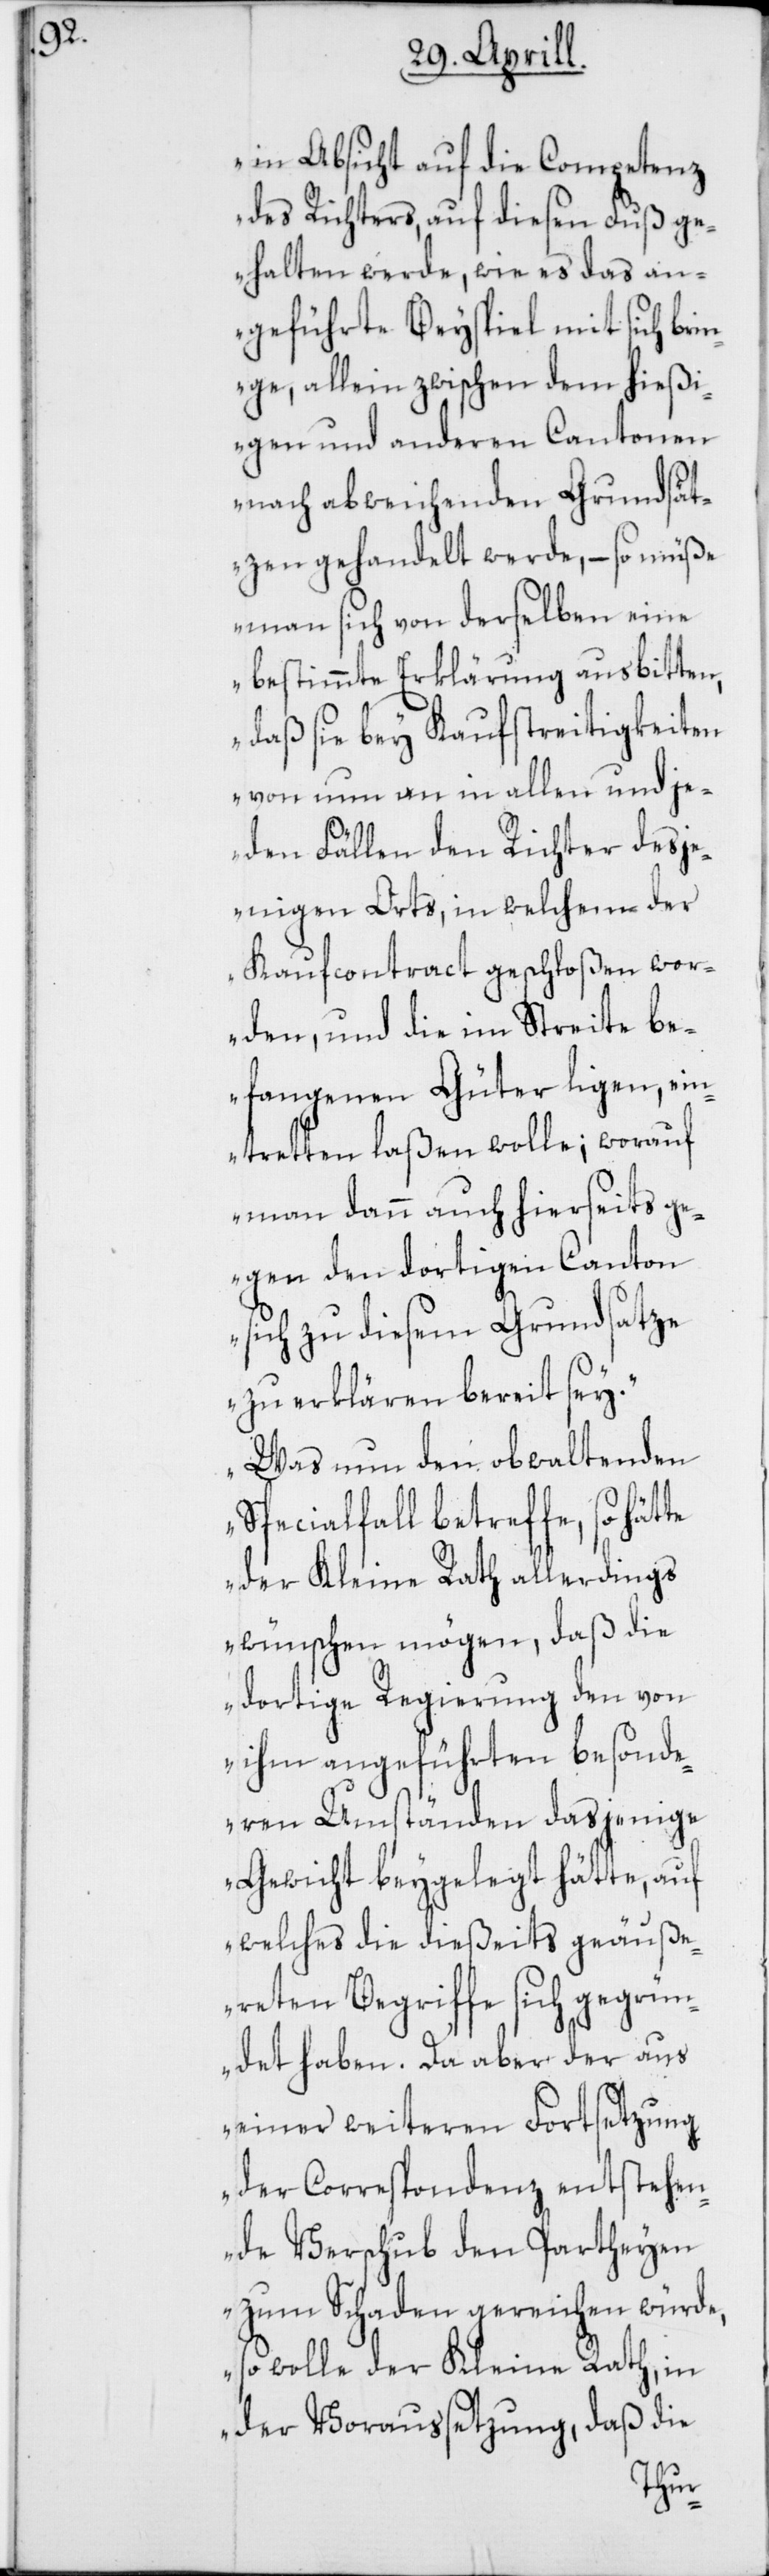
te

in Absicht auf die Competenz
des Richters, auf diesen Fuß ge¬
halten werde, wie es das an¬
geführte Beyspiel mit sich bri¬
nge, allein zwischen dem hießi¬
gen und anderen Cantonen
nach abweichenden Grundsät¬
zen gehandelt werde, – so müße
man sich von derselben eine
bestimmte Erklärung ausbitten,
daß sie bey Kaufstreitigkeiten
von nun an in allen und je¬
den Fällen den Richter desje¬
nigen Orts, in welchem der
Kaufcontract geschloßen wor¬
den, und die im Streite be¬
fangenen Güter ligen, ein¬
tretten laßen wolle; worauf
man dann auch hierseits ge¬
gen den dortigen Canton
sich zu diesem Grundsatze
zu erklären bereit sey.
Was nun den obwaltenden
Specialfall betreffe, so hät¬
der Kleine Rath allerdings
wünschen mögen, daß die
dortige Regierung den von
ihm angeführten besonde¬
ren Umständen dasjenige
Gewicht beygelegt hätte, auf
welches die dießeits geäuße¬
reten Begriffe sich gegrün¬
det haben. Da aber der aus
einer weiteren Fortsetzung
der Correspondenz entstehen¬
de Verschub der Partheyen
zum Schaden gereichen würde,
so wolle der Kleine Rath, in
der Voraussetzung, daß die